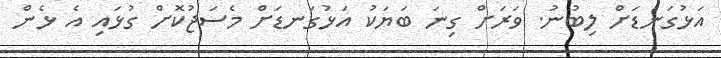
އަޅުގަނޑަށް ލިބުނު. ވަރަށް ގިނަ ބަޔަކު އަޅުގަނޑަށް މެސަޖުކޮށް ގުޅައި އެ ޅެން